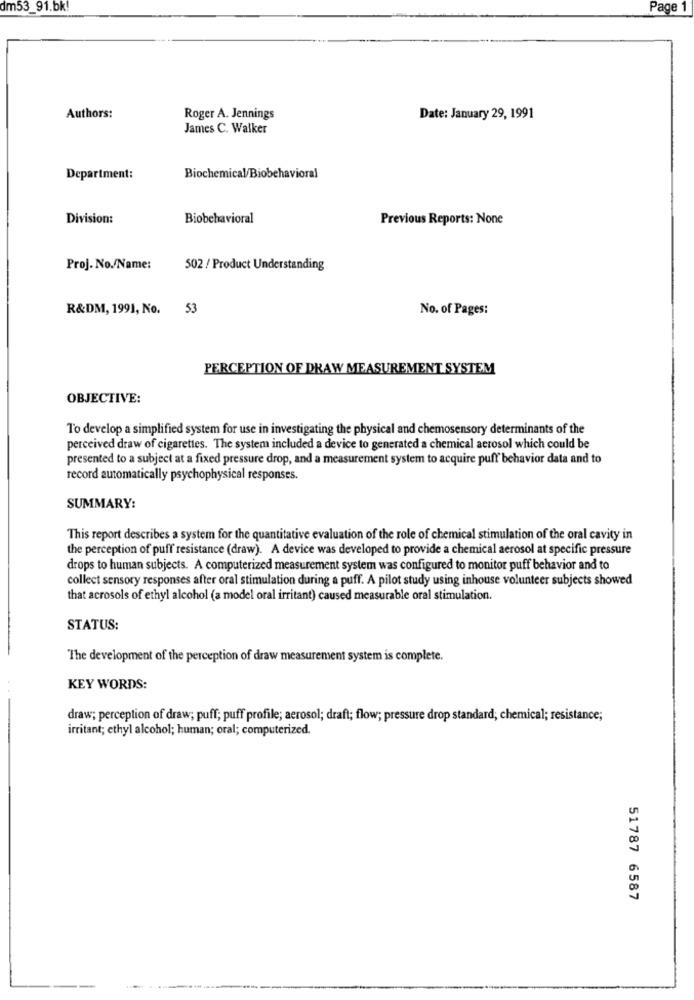
dm53_91.bk!
Page 1
Authors:
Roger A. Jennings
Date: January 29, 1991
James C. Walker
Department:
Biochemical/Biobehavioral
Division:
Biobehavioral
Previous Reports: None
Proj. No./Name:
502 / Product Understanding
R&DM, 1991, No. 53
No. of Pages:
PERCEPTION OF DRAW MEASUREMENT SYSTEM
OBJECTIVE:
To develop a simplified system for use in investigating the physical and chemosensory determinants of the
perceived draw of cigarettes. The system included a device to generated a chemical aerosol which could be
presented to a subject at a fixed pressure drop, and a measurement system to acquire puff behavior data and to
record automatically psychophysical responses.
SUMMARY:
This report describes a system for the quantitative evaluation of the role of chemical stimulation of the oral cavity in
the perception of puff resistance (draw). A device was developed to provide a chemical aerosol at specific pressure
drops to human subjects. A computerized measurement system was configured to monitor puff behavior and to
collect sensory responses after oral stimulation during a puff. A pilot study using inhouse volunteer subjects showed
that acrosols of ethyl alcohol (a model oral irritant) caused measurable oral stimulation.
STATUS:
The development of the perception of draw measurement system is complete.
KEY WORDS:
draw; perception of draw; puff; puff profile; aerosol; draft; flow; pressure drop standard; chemical; resistance;
irritant; ethyl alcohol; human; oral; computerized.
51787 6587